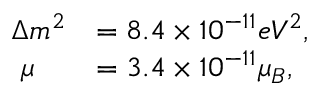
\begin{array} { l l } { { \Delta m ^ { 2 } } } & { { = 8 . 4 \times 1 0 ^ { - 1 1 } e V ^ { 2 } , } } \\ { { \, \, \mu } } & { { = 3 . 4 \times 1 0 ^ { - 1 1 } \mu _ { B } , } } \end{array}